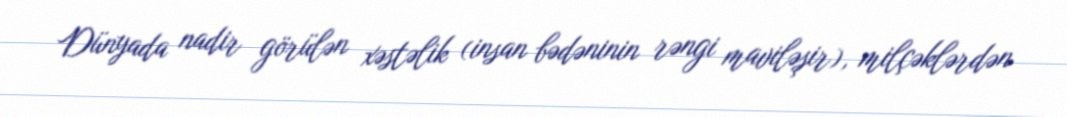
Dünyada nadir görülən xəstəlik (insan bədəninin rəngi maviləşir), milçəklərdən